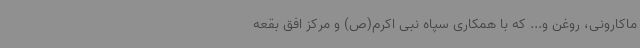
ماکارونی، روغن و... که با همکاری سپاه نبی اکرم(ص) و مرکز افق بقعه